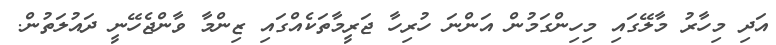
އަދި މިހާރު މާލޭގައި މިހިންގަމުން އަންނަ ހުރިހާ ޖަރީމާތަކެއްގައި ޒިންމާ ވާންޖެހޭނީ ދައުލަތުން.